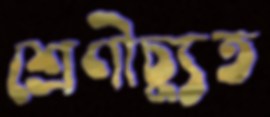
শ্রেণীচ্যুত